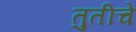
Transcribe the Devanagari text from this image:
तुतीचे